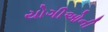
યોગીઓની